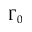
\Gamma _ { 0 }